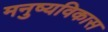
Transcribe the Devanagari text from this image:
मनुष्यविकास